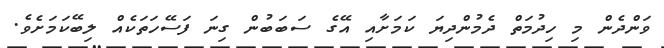
ވަންދެން މި ހިދުމަތް ދެމުންދިޔަ ކަމަށާއި އޭގެ ސަބަބުން ގިނަ ފަސޭހަތަކެއް ލިބޭކަމަށެވެ.